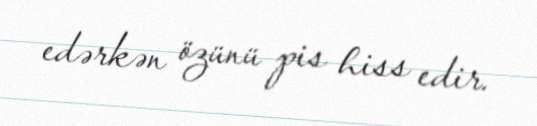
edərkən özünü pis hiss edir.